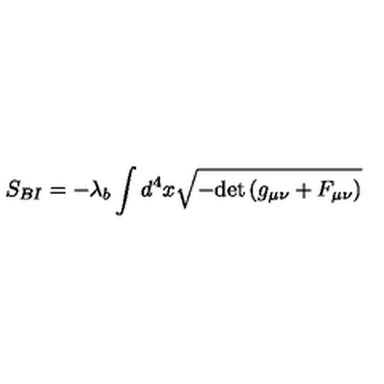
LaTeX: S _ { B I } = - \lambda _ { b } \int { d ^ { 4 } x \sqrt { - \mathrm { d e t } \left( g _ { \mu \nu } + F _ { \mu \nu } \right) } }